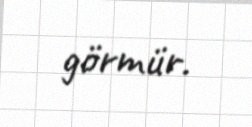
görmür.